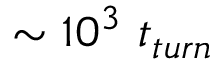
\sim 1 0 ^ { 3 } ~ t _ { t u r n }